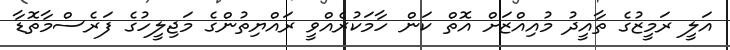
އަލީ ރަމީޒުގެ ތާއީދު މުއިއްޒަށް އޮތް ކަން ހާމަކުރެއްވީ ރައްޔިތުންގެ މަޖިލީހުގެ ފަރެސްމާތޮޑާ